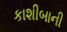
કાશીબાની